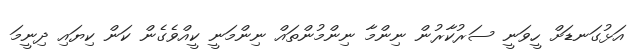
އަޅުގަނޑަށް ހީވަނީ ސަރުކާރުން ނިންމާ ނިންމުންތައް ނިންމަނީ ކީއްވެގެން ކަން ކިޔައި ދިނީމަ